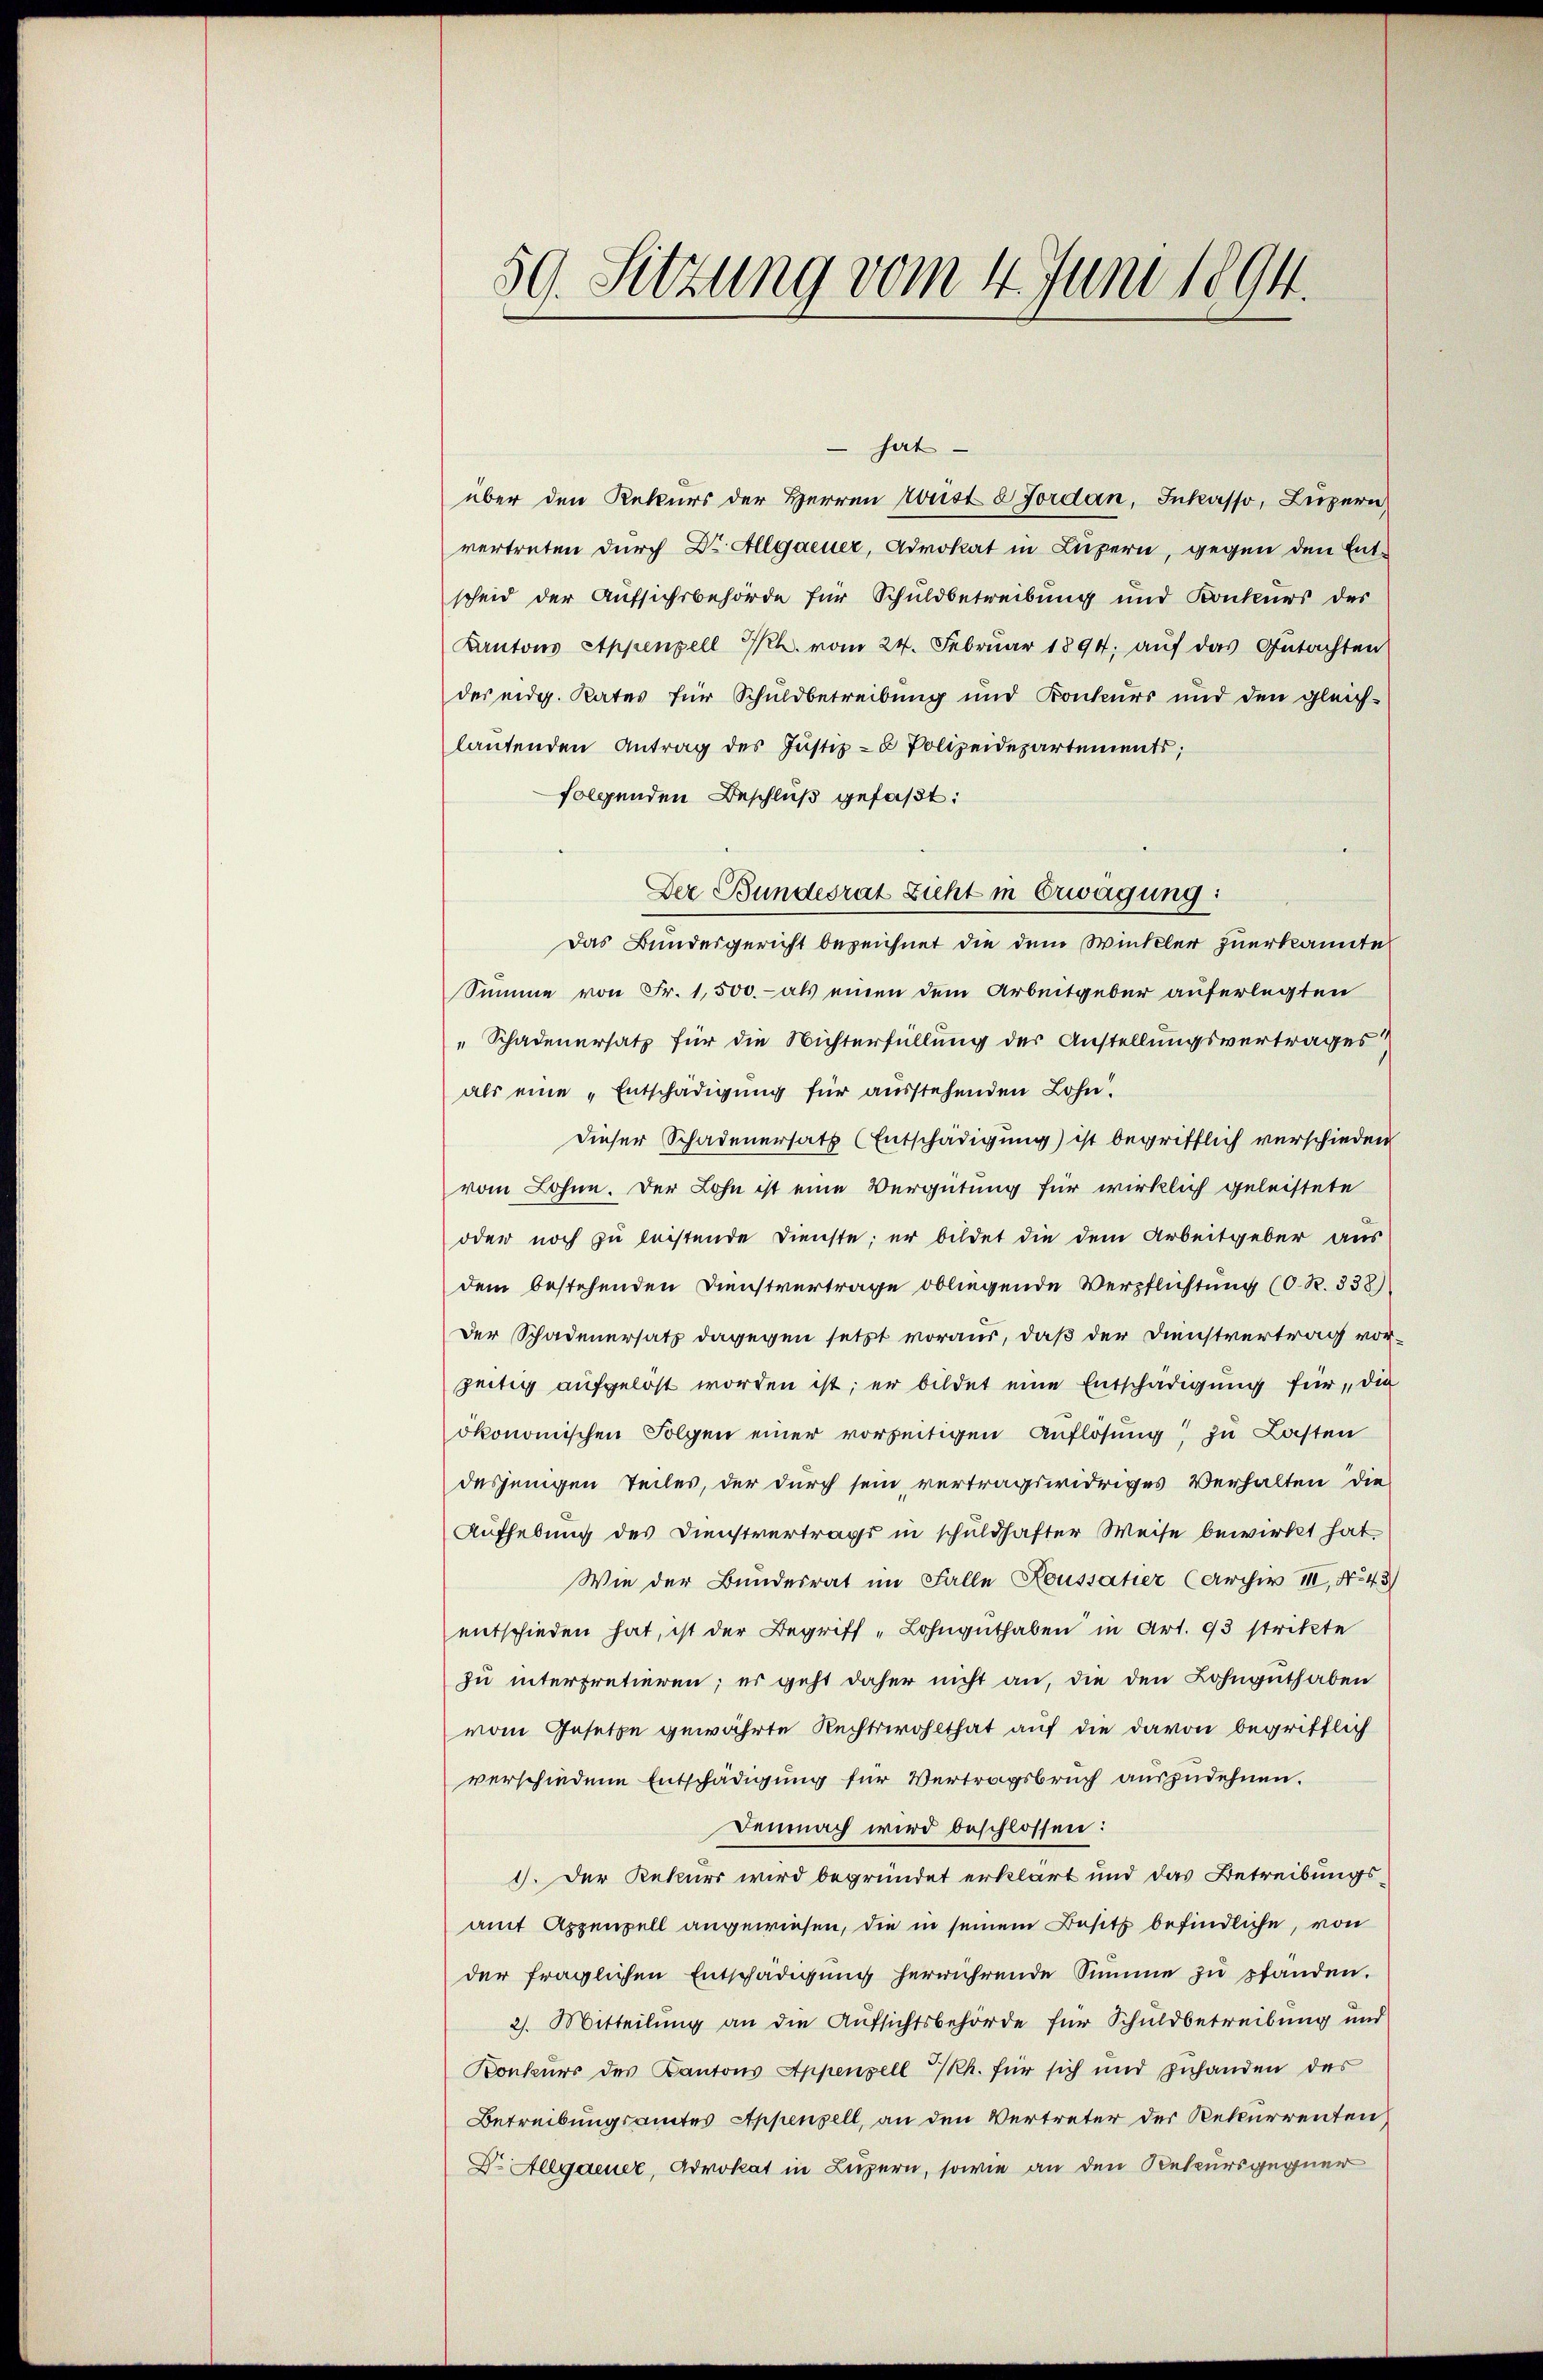
hat
über den Rekurs der Herren Frist 8 Jordan, Inkasso, Luzern
vertreten durch Dr Allgaeuer, Advokat in Luzern, gegen den Entscheid der Aufsichsbehörde für Schuldbetreibung und Konkurs der
Kantons Appenzell Th. vom 24. Februar 1894; auf das Gutachten
des eidg. Rates für Schuldbetreibung und Konkurs und den gleich-
lantenden Antrag des Justiz- & Polizeidepartements;
folgenden Beschluß gefaßt:
Der Bundesrat Licht in Erwägung:
Das Bundesgericht bezeichnet die dem Winkler zuerkannte
Summe von Fr. 1,500.- als einen dem Arbeitgeber auferlegten
" Schadenersatz für die Nichterfüllung der Anstellungsvertrages
als eine „Entschädigung für ausstehenden Lohn.
Dieser Schadenersatz (Entschädigung) ist begrifflich verschieden
vom Lohne. Der Lohn ist eine Vergütung für wirklich geleistete
oder noch zu leistende Dienste; er bildet die dem Arbeitgeber aus
dem bestehenden Dienstvertrage obliegende Verpflichtung (O. R. 338)
Der Schadenersatz dagegen setzt voraus, daß der Dienstvertrag vorzeitig aufgelöst worden ist; er bildet eine Entschädigung für die
ökonomischen Folgen einer vorseitigen Auflösung zu Lasten
desjenigen Teiles, der durch sein vertragswidriges Verhalten die
Aufhebung des Dienstvertrags in schuldhafter Weise bewirkt hat,
Wie der Bundesrat im Falle Houssatier (Archiv II, No 43)
entschieden hat, ist der Begriff -Lohnguthaben in Art. 93 strikte
zu interpretieren; es geht daher nicht an, die den Lohnguthaben
vom Gesetze gewährte Rechtswohlthat auf die davon begrifflich
verschiedene Entschädigung für Vertragsbruch auszudehnen.
Demnach wird beschlossen:
1. Der Rekurs wird begründet erklärt und das Betreibungsamt Appenzell angewiesen, die in seinem Besitz befindliche, von
der fraglichen Entschädigŭng herrührende Summe zŭ pfanden.
2. Mitteilung an die Aufsichtsbehörde für Schuldbetreibung und
Konkurs des Kantons Appenzell I/Rh. für sich und zuhanden des
Betreibungsamtes Appenzell, an den Vertreter der Rekurrenten
Dr. Allgaener, Advokat in Luzern, sowie an den Rekursgegner

59. Sitzung vom 4. Juni 1894.